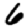
Digit: 6